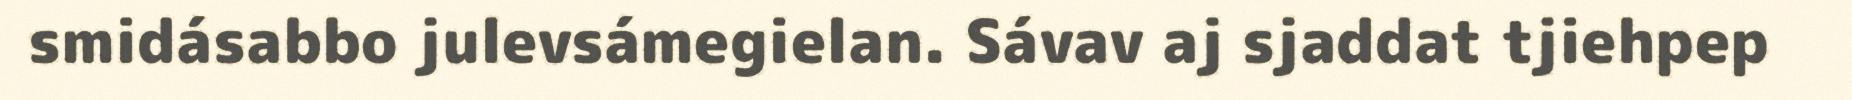
smidásabbo julevsámegielan. Sávav aj sjaddat tjiehpep